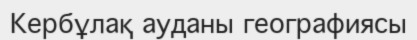
Кербұлақ ауданы географиясы